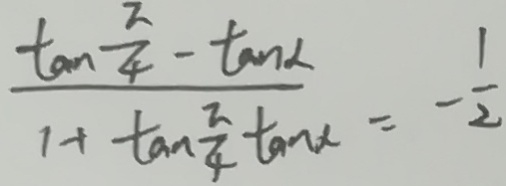
\frac { \tan \frac { \pi } { 4 } - \tan \alpha } { 1 + \tan \frac { \pi } { 4 } \tan \alpha } = - \frac { 1 } { 2 }